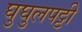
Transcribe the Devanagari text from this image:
घुघुलपट्टी